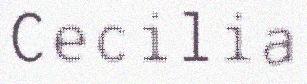
Cecilia